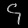
Digit: ၄